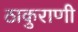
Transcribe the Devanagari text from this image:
ठाकुराणी